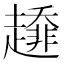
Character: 𧾁